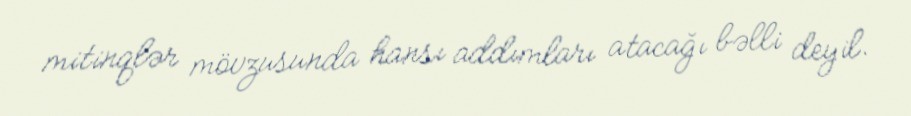
mitinqlər mövzusunda hansı addımları atacağı bəlli deyil.